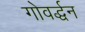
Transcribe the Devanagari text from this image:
गोवर्द्धन